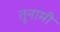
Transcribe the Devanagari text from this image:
तूनामी